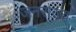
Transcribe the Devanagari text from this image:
जनराज्य